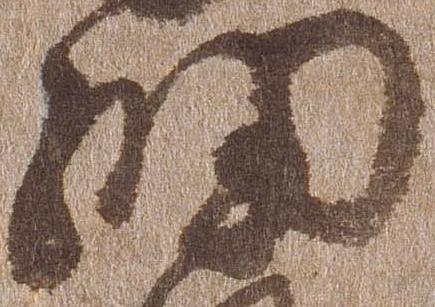
細